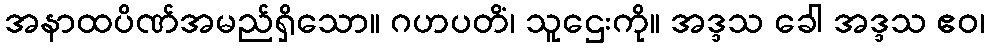
အနာထပိဏ်အမည်ရှိသော။ ဂဟပတိံ၊ သူဌေးကို။ အဒ္ဒသ ခေါ အဒ္ဒသ ဧဝ၊